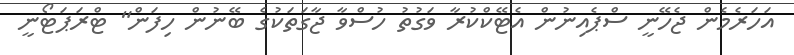
އަހަރެމެން ޖެހޭނީ ސްޕެއިނުން އެޓޭކްކުރާ ވަގުތު ހުސްވާ ޖާގަތަކުގެ ބޭނުން ހިފަން" ޓްރަޕަޓޯނީ